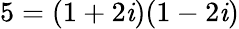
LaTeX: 5=(1+2\mathit{i})(1-2\mathit{i})